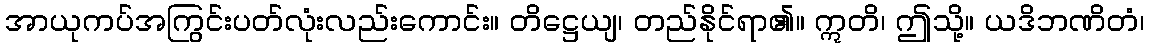
အာယုကပ်အကြွင်းပတ်လုံးလည်းကောင်း။ တိဋ္ဌေယျ၊ တည်နိုင်ရာ၏။ ဣတိ၊ ဤသို့။ ယဒိဘဏိတံ၊